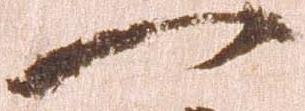
一